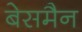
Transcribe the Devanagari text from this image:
बेसमैन